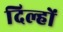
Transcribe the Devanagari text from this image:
दिल्हों